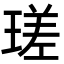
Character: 瑳